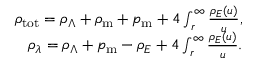
\begin{array} { r l r } & { } & { \rho _ { \mathrm { t o t } } = \rho _ { \Lambda } + \rho _ { \mathrm { m } } + p _ { \mathrm { m } } + 4 \int _ { r } ^ { \infty } \d u \frac { \rho _ { E } ( u ) } { u } , } \\ & { } & { \rho _ { \lambda } = \rho _ { \Lambda } + p _ { \mathrm { m } } - \rho _ { E } + 4 \int _ { r } ^ { \infty } \d u \frac { \rho _ { E } ( u ) } { u } . } \end{array}